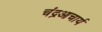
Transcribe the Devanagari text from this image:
चंद्रआचार्य